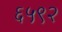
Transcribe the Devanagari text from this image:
६५९२